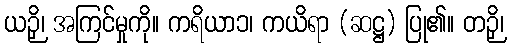
ယဉှိ၊ အကြင်မှုကို။ ကရိယာ၁၊ ကယိရာ (ဆဋ္ဌ) ပြု၏။ တဉှိ၊